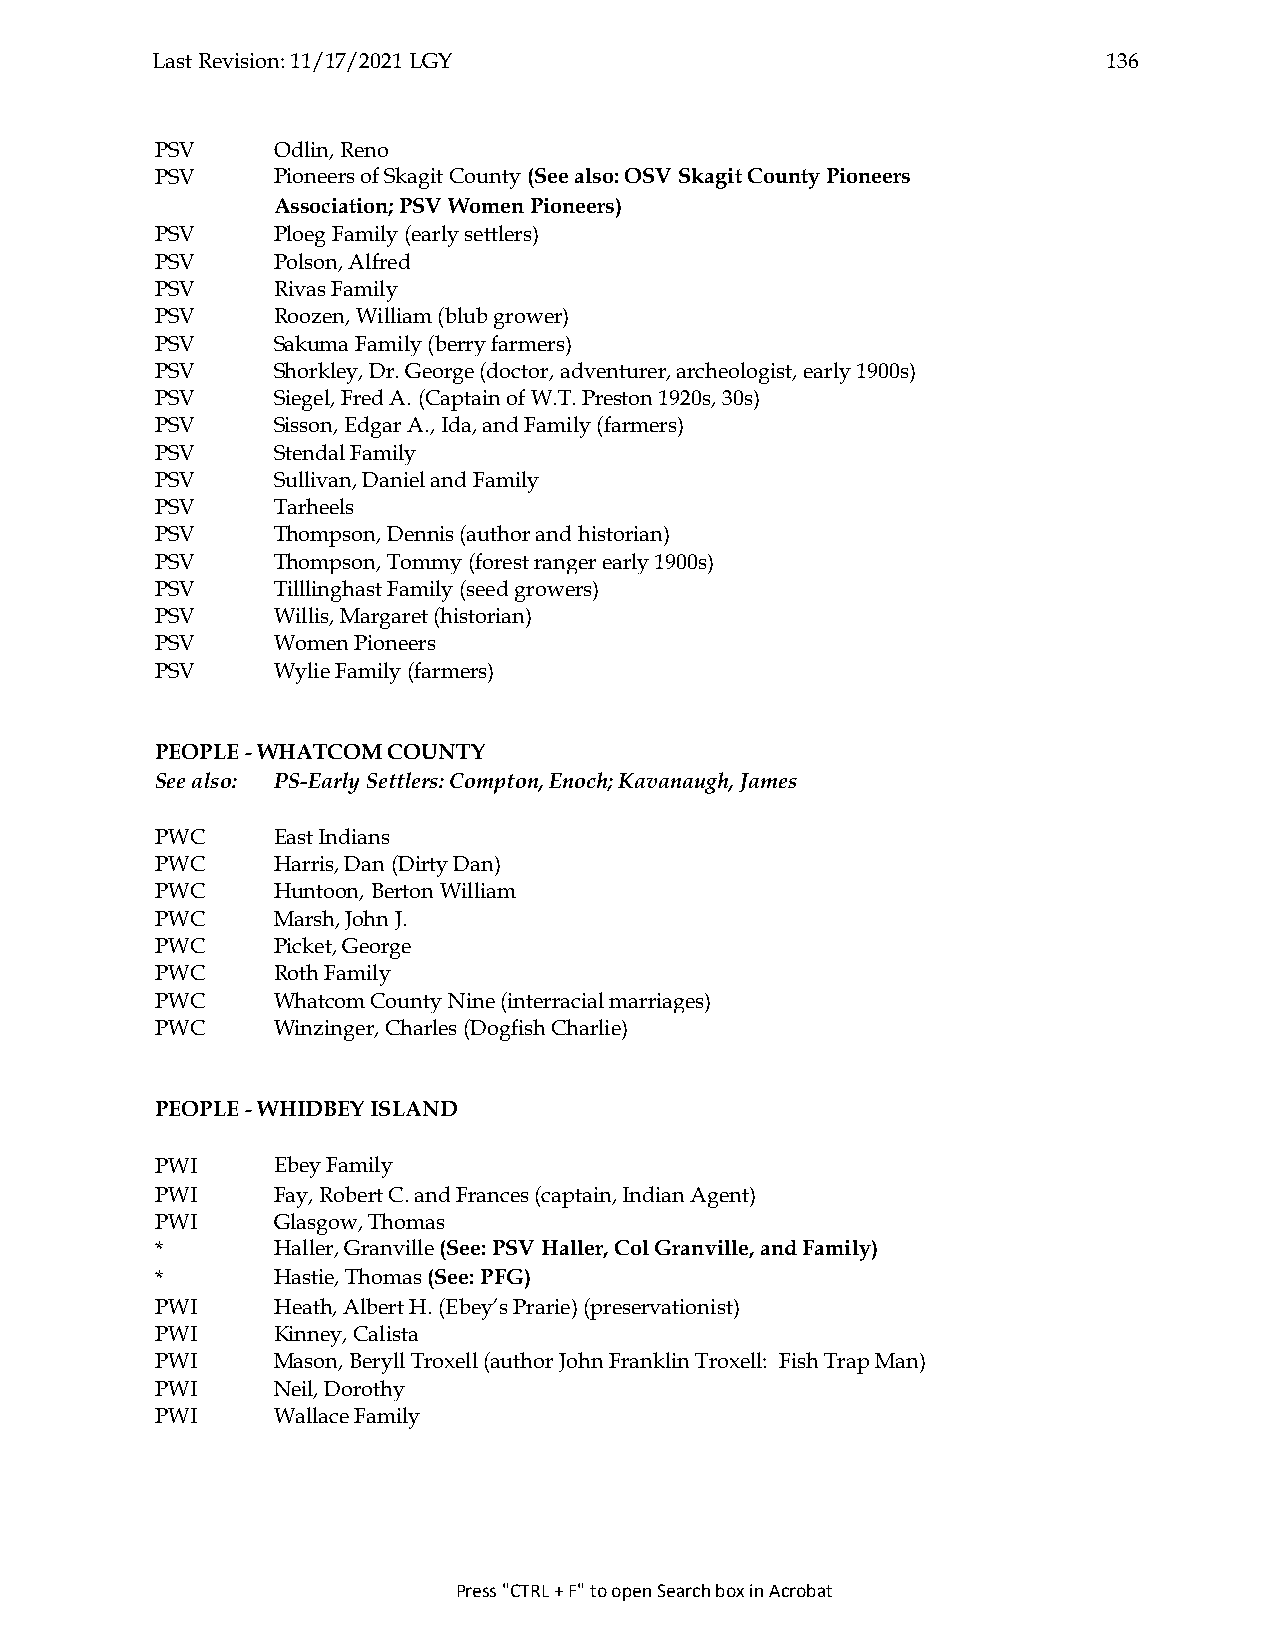
Last Revision: 11/17/2021 LGY                                  136
 PSV     Odlin, Reno
 PSV     Pioneers of Skagit County (See also: OSV Skagit County Pioneers
 Association; PSV Women Pioneers)
 PSV     Ploeg Family (early settlers)
 PSV     Polson, Alfred
 PSV     Rivas Family
 PSV     Roozen, William (blub grower)
 PSV     Sakuma Family (berry farmers)
 PSV     Shorkley, Dr. George (doctor, adventurer, archeologist, early 1900s)
 PSV     Siegel, Fred A. (Captain of W.T. Preston 1920s, 30s)
 PSV     Sisson, Edgar A., Ida, and Family (farmers)
 PSV     Stendal Family
 PSV     Sullivan, Daniel and Family
 PSV     Tarheels
 PSV     Thompson, Dennis (author and historian)
 PSV     Thompson, Tommy (forest ranger early 1900s)
 PSV     Tilllinghast Family (seed growers)
 PSV     Willis, Margaret (historian)
 PSV     Women Pioneers
 PSV     Wylie Family (farmers)
 PEOPLE - WHATCOM COUNTY
 See also: PS-Early Settlers: Compton, Enoch; Kavanaugh, James
 PWC     East Indians
 PWC     Harris, Dan (Dirty Dan)
 PWC     Huntoon, Berton William
 PWC     Marsh, John J.
 PWC     Picket, George
 PWC     Roth Family
 PWC     Whatcom County Nine (interracial marriages)
 PWC     Winzinger, Charles (Dogfish Charlie)
 PEOPLE - WHIDBEY ISLAND
 PWI     Ebey Family
 PWI     Fay, Robert C. and Frances (captain, Indian Agent)
 PWI     Glasgow, Thomas
 *       Haller, Granville (See: PSV Haller, Col Granville, and Family)
 *       Hastie, Thomas (See: PFG)
 PWI     Heath, Albert H. (Ebey’s Prarie) (preservationist)
 PWI     Kinney, Calista
 PWI     Mason, Beryll Troxell (author John Franklin Troxell: Fish Trap Man)
 PWI     Neil, Dorothy
 PWI     Wallace Family
 Press "CTRL + F" to open Search box in Acrobat